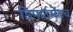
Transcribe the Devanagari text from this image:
डिपार्टमेंटच